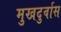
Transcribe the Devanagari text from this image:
मुखदुर्वास